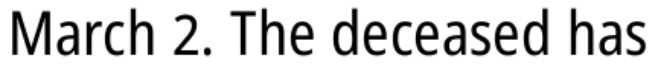
March 2. The deceased has